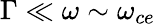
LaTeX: \Gamma\ll\omega\sim\omega_{ce}